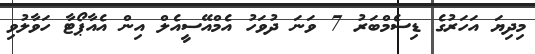
މިދިޔަ އަހަރުގެ ޑިސެމްބަރު 7 ވަނަ ދުވަހު އެމްއޭސީއެލް އިން އެއާޕޯޓާ ހަވާލުވި